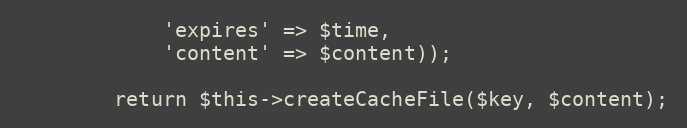
Language: PHP
            'expires' => $time,
            'content' => $content));

        return $this->createCacheFile($key, $content);